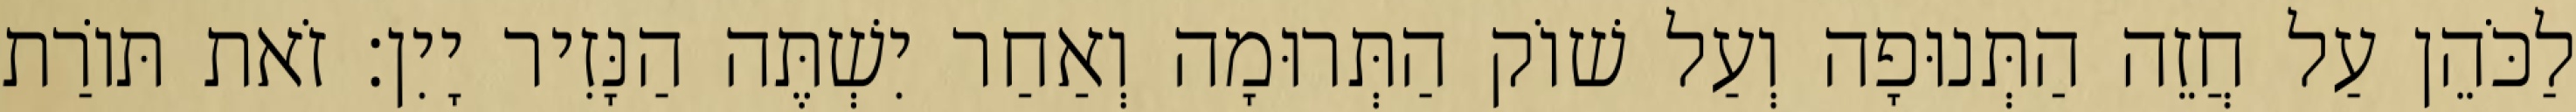
לַכֹּהֵן עַל חֲזֵה הַתְּנוּפָה וְעַל שׁוֹק הַתְּרוּמָה וְאַחַר יִשְׁתֶּה הַנָּזִיר יָיִן׃ זֹאת תּוֹרַת